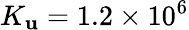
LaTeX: K_{\mathbf{u}}=1.2\times10^{6}